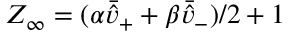
Z _ { \infty } = ( \alpha \bar { \hat { v } } _ { + } + \beta \bar { \hat { v } } _ { - } ) / 2 + 1